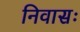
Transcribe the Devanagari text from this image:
निवासः